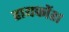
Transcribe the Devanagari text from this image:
हायफोंश